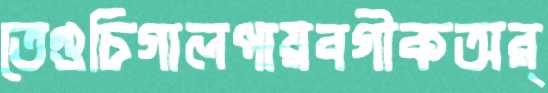
তেগুচিগালপায়বগীকঅর্